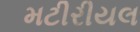
મટીરીયલ